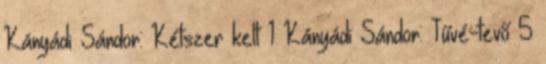
Kányádi Sándor: Kétszer kelt 1 Kányádi Sándor: Tűvé-tevő 5